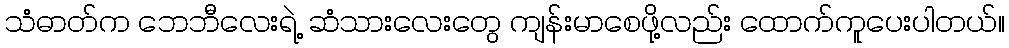
သံဓာတ်က ဘေဘီလေးရဲ့ ဆံသားလေးတွေ ကျန်းမာစေဖို့လည်း ထောက်ကူပေးပါတယ်။